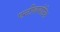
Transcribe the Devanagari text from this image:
एन्टीबायोटिक